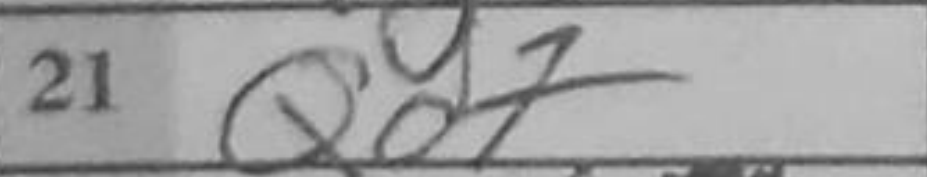
Transcription: Qd7